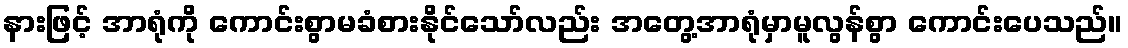
နားဖြင့် အာရုံကို ကောင်းစွာမခံစားနိုင်သော်လည်း အတွေ့အာရုံမှာမူလွန်စွာ ကောင်းပေသည်။